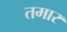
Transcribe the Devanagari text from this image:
तमार